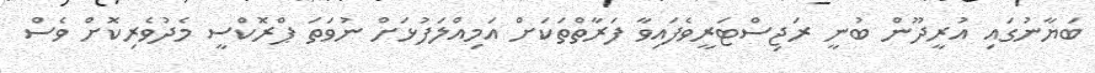
ބަޔާނުގައި އުރީދޫން ބުނީ ރަޖިސްޓަރީވެފައިވާ ފަރާތްތަކަށް އަމިއްލަފުޅަށް ނުވަތަ ޕްރޮކްސީ މެދުވެރިކޮށް ވެސް